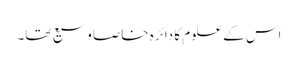
اس کے علوم کا دائرہ خاصا وسیع تھا۔